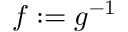
f : = g ^ { - 1 }